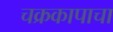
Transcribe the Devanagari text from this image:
चक्रकापाचा